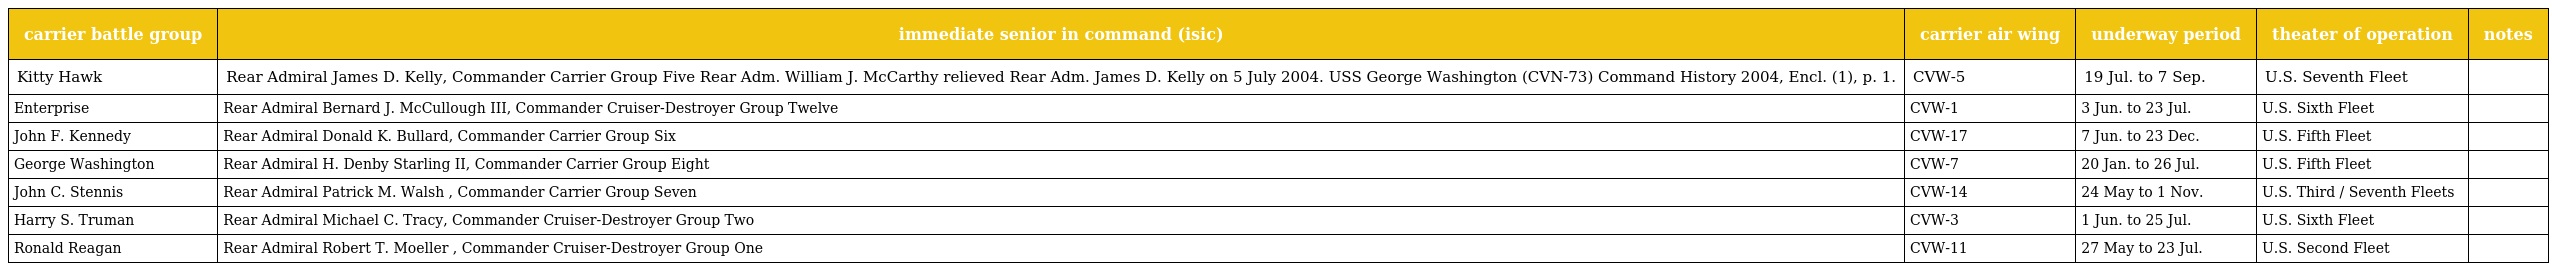
| carrier battle group | immediate senior in command (isic) | carrier air wing | underway period | theater of operation | notes |
 | --- | --- | --- | --- | --- | --- |
 | Kitty Hawk | Rear Admiral James D. Kelly, Commander Carrier Group Five Rear Adm. William J. McCarthy relieved Rear Adm. James D. Kelly on 5 July 2004. USS George Washington (CVN-73) Command History 2004, Encl. (1), p. 1. | CVW-5 | 19 Jul. to 7 Sep. | U.S. Seventh Fleet |  |
 | Enterprise | Rear Admiral Bernard J. McCullough III, Commander Cruiser-Destroyer Group Twelve | CVW-1 | 3 Jun. to 23 Jul. | U.S. Sixth Fleet |  |
 | John F. Kennedy | Rear Admiral Donald K. Bullard, Commander Carrier Group Six | CVW-17 | 7 Jun. to 23 Dec. | U.S. Fifth Fleet |  |
 | George Washington | Rear Admiral H. Denby Starling II, Commander Carrier Group Eight | CVW-7 | 20 Jan. to 26 Jul. | U.S. Fifth Fleet |  |
 | John C. Stennis | Rear Admiral Patrick M. Walsh , Commander Carrier Group Seven | CVW-14 | 24 May to 1 Nov. | U.S. Third / Seventh Fleets |  |
 | Harry S. Truman | Rear Admiral Michael C. Tracy, Commander Cruiser-Destroyer Group Two | CVW-3 | 1 Jun. to 25 Jul. | U.S. Sixth Fleet |  |
 | Ronald Reagan | Rear Admiral Robert T. Moeller , Commander Cruiser-Destroyer Group One | CVW-11 | 27 May to 23 Jul. | U.S. Second Fleet |  |